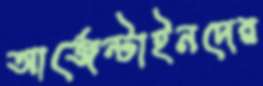
আর্জেন্টাইনদের